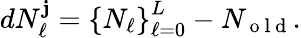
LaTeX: dN_{\ell}^{\mathbf{j}}=\left\{ N_{\ell}\right\} _{\ell=0}^{L}-N_{\mathrm{{~o~l~d~}}}.